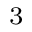
_ 3